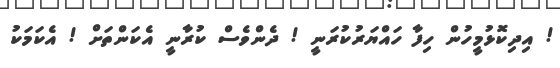
! އިދިކޮޅުމީހުން ހިފާ ހައްޔަރުކުރަނީ ! ދެންވެސް ކުރާނީ އެކަންތަށް ! އެކަމަކު